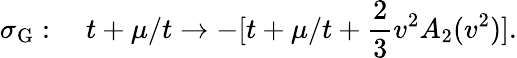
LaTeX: \sigma_{\mathrm G}:\quad t+\mu/t\to-[t+\mu/t+\frac{2}{3}v^{2}A_{2}(v^{2})].